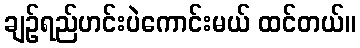
ချဉ်ရည်ဟင်းပဲကောင်းမယ် ထင်တယ်။